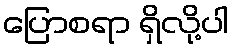
ပြောစရာ ရှိလို့ပါ